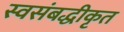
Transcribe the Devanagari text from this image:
स्वसंबद्धीकृत